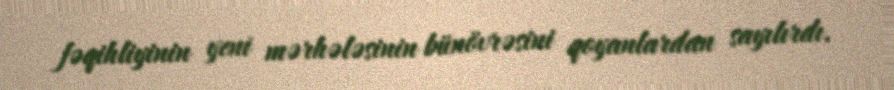
fəqihliyinin yeni mərhələsinin bünövrəsini qoyanlardan sayılırdı.